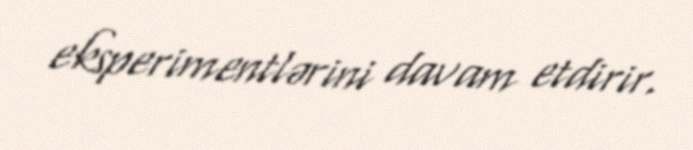
eksperimentlərini davam etdirir.